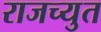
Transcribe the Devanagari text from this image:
राजच्युत